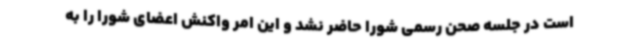
است در جلسه صحن رسمی شورا حاضر نشد و این امر واکنش اعضای شورا را به